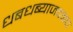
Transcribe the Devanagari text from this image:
धबधब्याजवळच